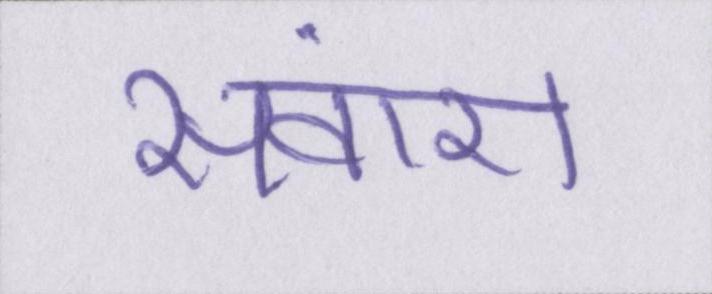
संवारा